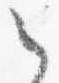
之